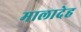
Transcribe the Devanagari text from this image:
मालादेह